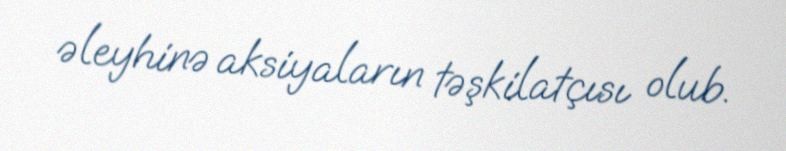
əleyhinə aksiyaların təşkilatçısı olub.